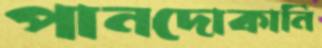
পানদোকানি